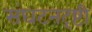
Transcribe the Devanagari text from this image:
संघटनदृष्टी